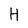
Character: H